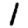
Digit: 1